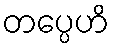
တပ္ပေဟိ